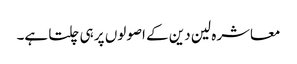
معاشرہ لین دین کے اصولوں پر ہی چلتا ہے۔